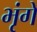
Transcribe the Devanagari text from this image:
भृंगे